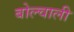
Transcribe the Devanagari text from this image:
बोल्चाली